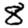
Digit: 8